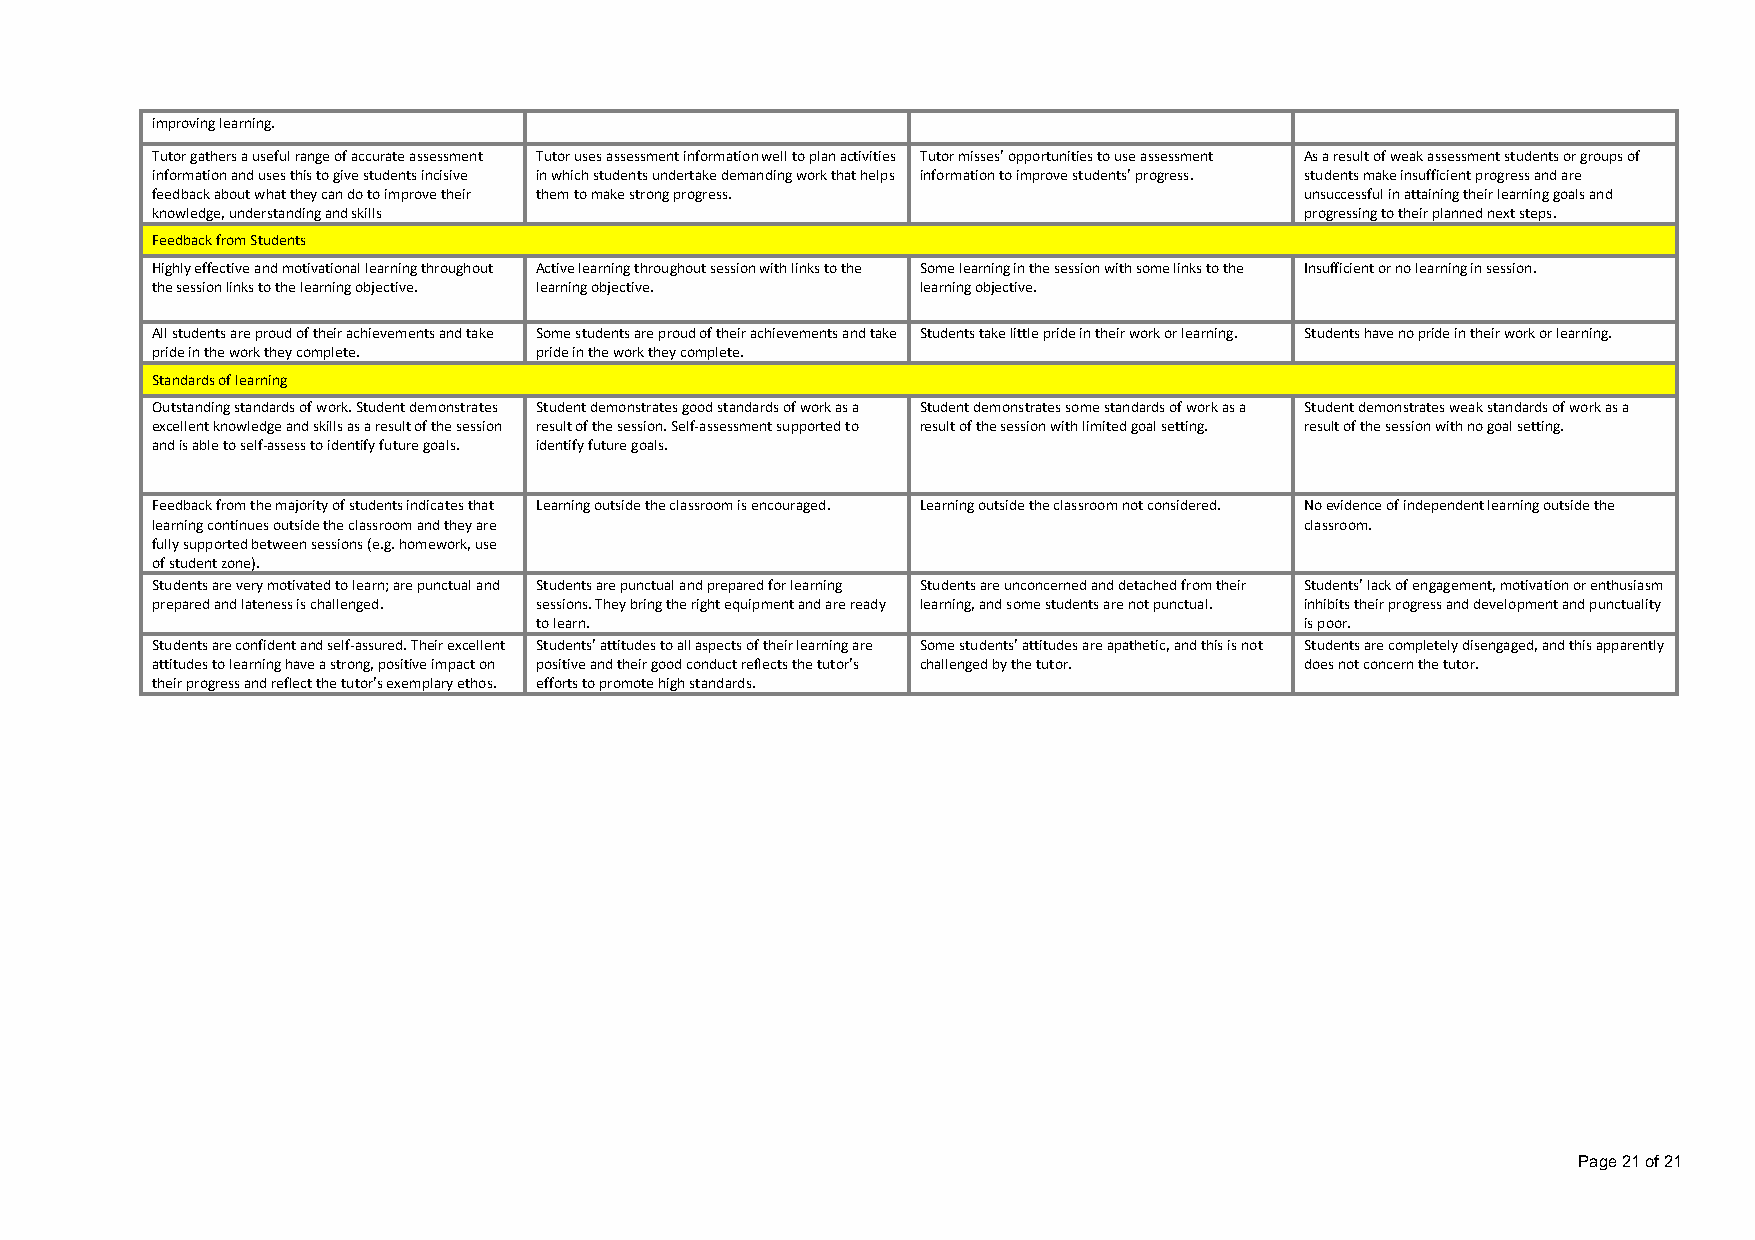
improving learning.
 Tutor gathers a useful range of accurate assessment Tutor uses assessment information well to plan activities Tutor misses’ opportunities to use assessment As a result of weak assessment students or groups of
 information and uses this to give students incisive in which students undertake demanding work that helps information to improve students’ progress. students make insufficient progress and are
 feedback about what they can do to improve their them to make strong progress. unsuccessful in attaining their learning goals and
 knowledge, understanding and skills                                         progressing to their planned next steps.
 Feedback from Students
 Highly effective and motivational learning throughout Active learning throughout session with links to the Some learning in the session with some links to the Insufficient or no learning in session.
 the session links to the learning objective. learning objective. learning objective.
 All students are proud of their achievements and take Some students are proud of their achievements and take Students take little pride in their work or learning. Students have no pride in their work or learning.
 pride in the work they complete. pride in the work they complete.
 Standards of learning
 Outstanding standards of work. Student demonstrates Student demonstrates good standards of work as a Student demonstrates some standards of work as a Student demonstrates weak standards of work as a
 excellent knowledge and skills as a result of the session result of the session. Self-assessment supported to result of the session with limited goal setting. result of the session with no goal setting.
 and is able to self-assess to identify future goals. identify future goals.
 Feedback from the majority of students indicates that Learning outside the classroom is encouraged. Learning outside the classroom not considered. No evidence of independent learning outside the
 learning continues outside the classroom and they are                       classroom.
 fully supported between sessions (e.g. homework, use
 of student zone).
 Students are very motivated to learn; are punctual and Students are punctual and prepared for learning Students are unconcerned and detached from their Students’ lack of engagement, motivation or enthusiasm
 prepared and lateness is challenged. sessions. They bring the right equipment and are ready learning, and some students are not punctual. inhibits their progress and development and punctuality
 to learn.                                          is poor.
 Students are confident and self-assured. Their excellent Students’ attitudes to all aspects of their learning are Some students’ attitudes are apathetic, and this is not Students are completely disengaged, and this apparently
 attitudes to learning have a strong, positive impact on positive and their good conduct reflects the tutor’s challenged by the tutor. does not concern the tutor.
 their progress and reflect the tutor’s exemplary ethos. efforts to promote high standards.
 Page 21 of 21